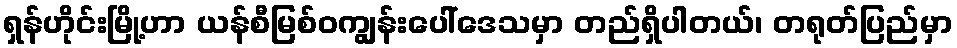
ရှန်ဟိုင်းမြို့ဟာ ယန်စီမြစ်ဝကျွန်းပေါ်ဒေသမှာ တည်ရှိပါတယ်၊ တရုတ်ပြည်မှာ